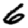
Digit: 6